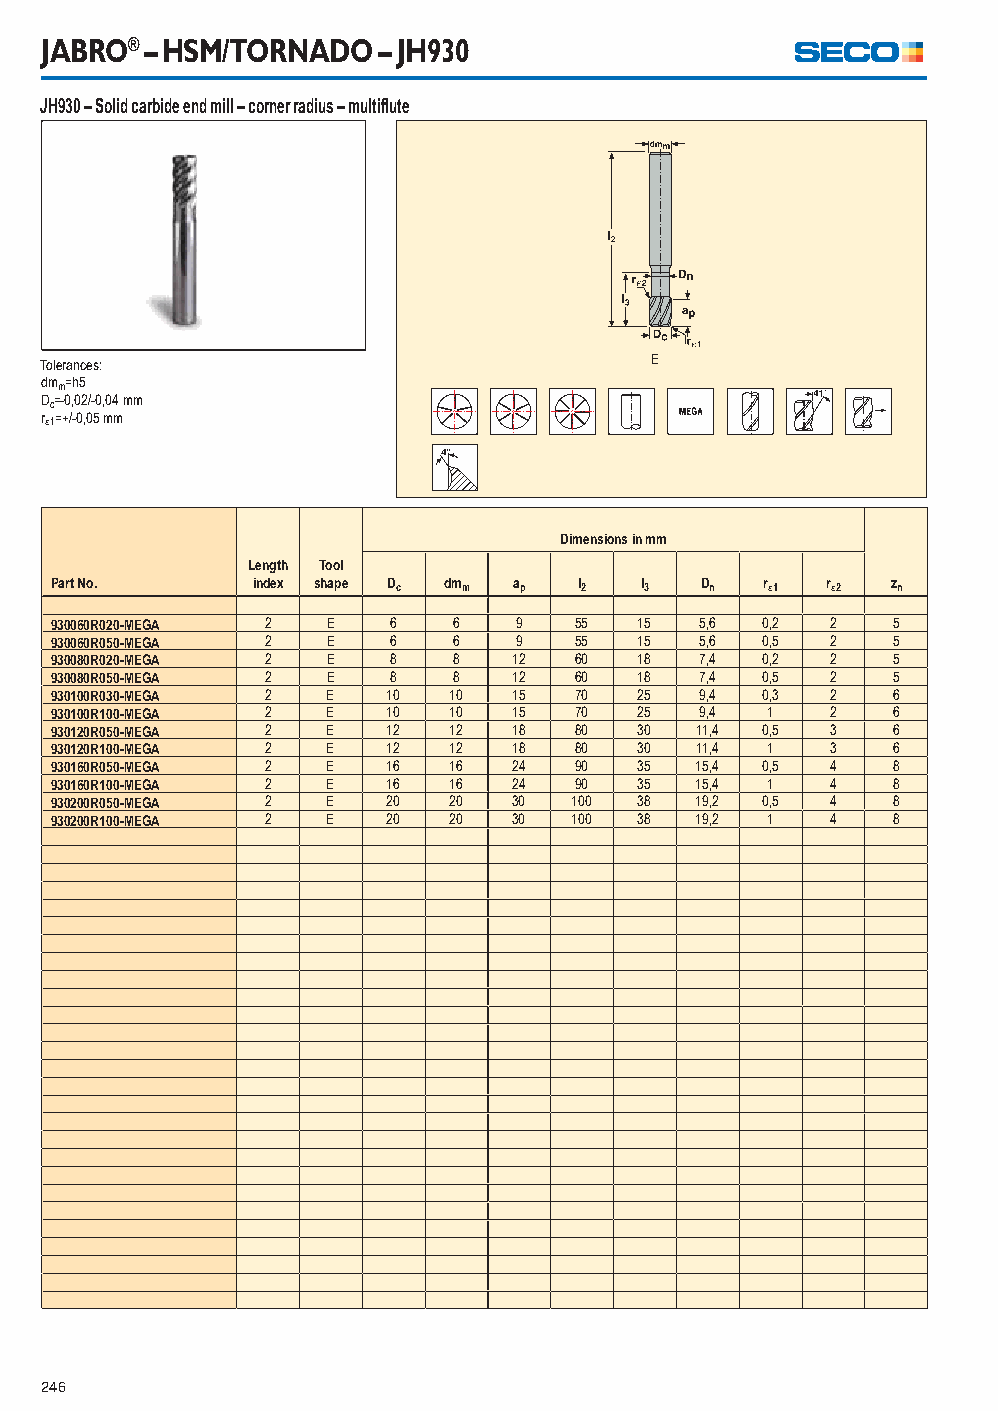
JABRO® – HSM/TORNADO  – JH930
 JH930 – Solid carbide end mill – corner radius – multifl ute
 Tolerances:                             E
 dmm=h5
 Dc=-0,02/-0,04 mm
 r1=+/-0,05 mm
 Dimensions in mm
 Length Tool
 Part No.      index shape Dc dmm ap l2 l3  Dn   r1 r2 zn
 930060R020-MEGA 2  E   6   6   9   55  15  5,6 0,2  2   5
 930060R050-MEGA 2  E   6   6   9   55  15  5,6 0,5  2   5
 930080R020-MEGA 2  E   8   8   12  60  18  7,4 0,2  2   5
 930080R050-MEGA 2  E   8   8   12  60  18  7,4 0,5  2   5
 930100R030-MEGA 2  E   10  10  15  70  25  9,4 0,3  2   6
 930100R100-MEGA 2  E   10  10  15  70  25  9,4  1   2   6
 930120R050-MEGA 2  E   12  12  18  80  30  11,4 0,5 3   6
 930120R100-MEGA 2  E   12  12  18  80  30  11,4 1   3   6
 930160R050-MEGA 2  E   16  16  24  90  35  15,4 0,5 4   8
 930160R100-MEGA 2  E   16  16  24  90  35  15,4 1   4   8
 930200R050-MEGA 2  E   20  20  30  100 38  19,2 0,5 4   8
 930200R100-MEGA 2  E   20  20  30  100 38  19,2 1   4   8
 246